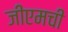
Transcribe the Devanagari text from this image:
जीएमची